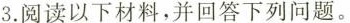
3.阅读以下材料，并回答下列问题。